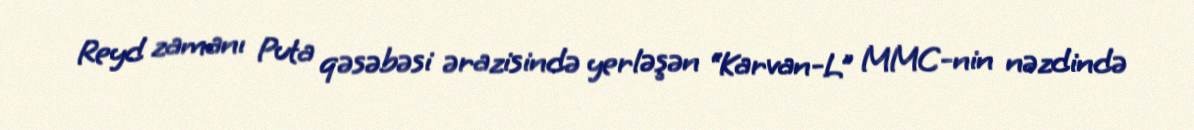
Reyd zamanı Puta qəsəbəsi ərazisində yerləşən “Karvan-L” MMC-nin nəzdində